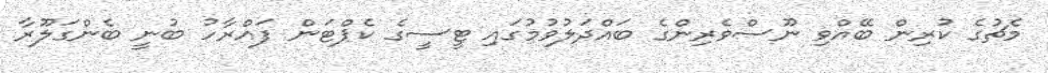
މެޗުގެ ކުރިން ބޭއްވި ނޫސްވެރިންގެ ބައްދަލުވުމުގައި ޓީސީގެ ކެޕްޓަން ފައްރާހު ބުނީ ބެންގަލޫރާ